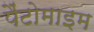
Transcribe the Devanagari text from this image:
पैंटोमाइम